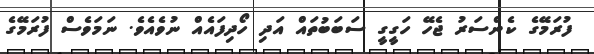
ފުރަމޭގެ ކެންސަރު ޖެހޭ ހަގީގީ ސަބަބުތައް އަދި ހޯދިފައެއް ނުވެއެވެ. ނަމަވެސް ފުރަމޭގެ